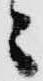
々